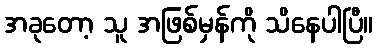
အခုတော့ သူ အဖြစ်မှန်ကို သိနေပါပြီ။